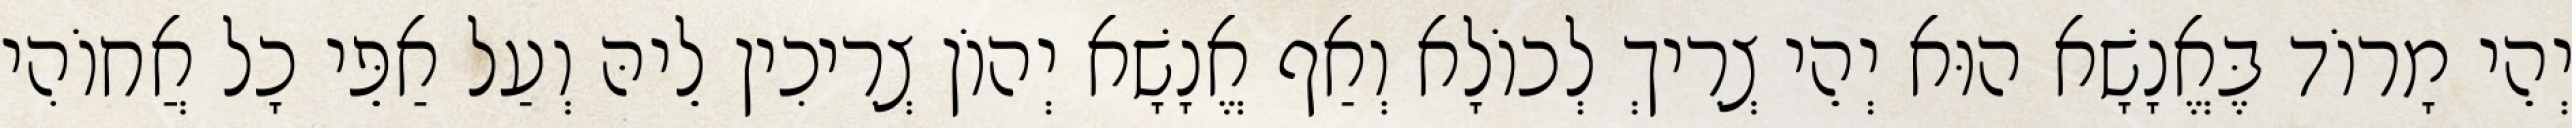
יְהֵי מָרוֹד בֶּאֱנָשָׁא הוּא יְהֵי צְרִיךְ לְכוֹלָא וְאַף אֱנָשָׁא יְהוֹן צְרִיכִין לֵיהּ וְעַל אַפֵּי כָל אֲחוֹהִי